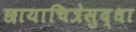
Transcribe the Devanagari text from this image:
छायाचित्रेसुद्धा